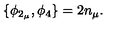
\{ \phi _ { 2 _ { \mu } } , \phi _ { 4 } \} = 2 n _ { \mu } .